Annual report on the Civil Veterinary Department, Burma (including the Insein Veterinary School) - 1910-1922
Year: 1910
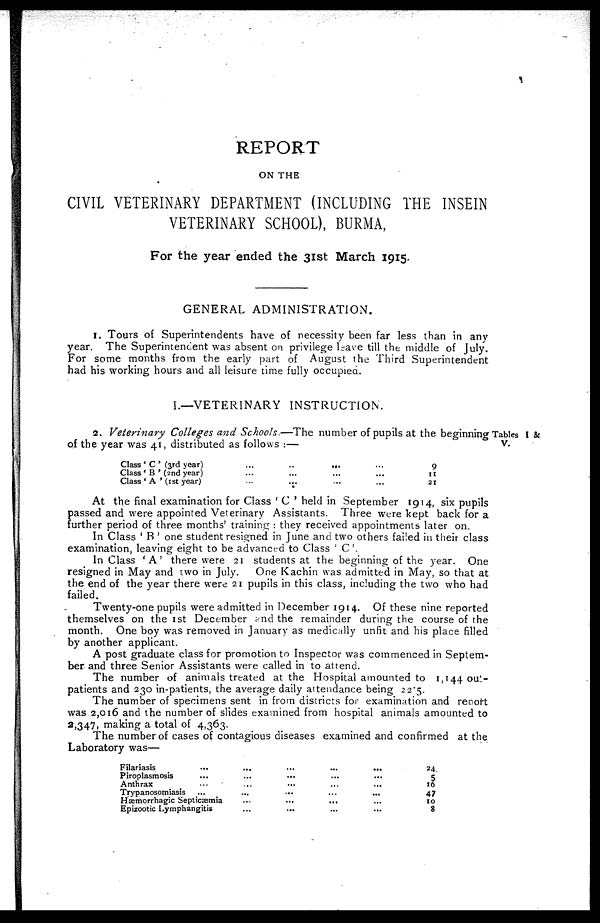
REPORT
ON THE
CIVIL VETERINARY DEPARTMENT (INCLUDING THE INSEIN
VETERINARY SCHOOL), BURMA,
For the year ended the 31st March 1915.
GENERAL ADMINISTRATION.
1. Tours of Superintendents have of necessity been far less than in any
year. The Superintendent was absent on privilege leave till the middle of July.
For some months from the early part of August the Third Superintendent
had his working hours and all leisure time fully occupied.
I.—VETERINARY INSTRUCTION.
Tables I &
V.
2. Veterinary Colleges and Schools.—The number of pupils at the beginning
of the year was 41, distributed as follows :—
Class 'C' (3rd year)
Class 'B' (2nd year)
Class 'A' (1st year)
...
...
...
..
...
...
...
...
...
...
...
...
9
11
21
At the final examination for Class 'C' held in September 1914, six pupils
passed and were appointed Veterinary Assistants. Three were kept back for a
further period of three months' training: they received appointments later on.
In Class 'B' one student resigned in June and two others failed in their class
examination, leaving eight to be advanced to Class 'C'.
In Class 'A' there were 21 students at the beginning of the year. One
resigned in May and two in July.
One Kachin was admitted in May, so that at
the end of the year there were 21 pupils in this class, including the two who had
failed.
Twenty-one pupils were admitted in December 1914. Of these nine reported
themselves on the 1st December and the remainder during the course of the
month. One boy was removed in January as medically unfit and his place filled
by another applicant.
A post graduate class for promotion to Inspector was commenced in Septem-
ber and three Senior Assistants were called in to attend.
The number of animals treated at the Hospital amounted to 1,144 out-
patients and 230 in-patients, the average daily attendance being 22.5.
The number of specimens sent in from districts for examination and report
was 2,016 and the number of slides examined from hospital animals amounted to
2,347, making a total of 4,363.
The number of cases of contagious diseases examined and confirmed at the
Laboratory was—
Filariasis
Piroplasmosis
Anthrax
Trypanosomiasis
...
...
...
...
Hæmorrhagic Septicæmia
Epizootic Lymphangitis
...
...
...
...
...
...
...
...
...
...
...
...
...
...
...
...
...
...
...
...
...
...
...
...
24
5
16
47
10
8